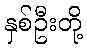
နှစ်ဦးတို့